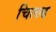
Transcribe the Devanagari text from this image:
चिल्ल्ड